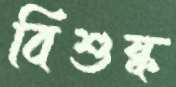
বিশুষ্ক